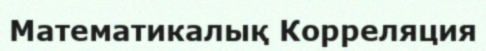
Математикалық Корреляция